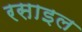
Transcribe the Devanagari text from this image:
रसाइल